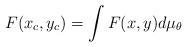
LaTeX: \begin{align*}F(x_c,y_c)=\int F(x,y)d\mu_\theta\end{align*}